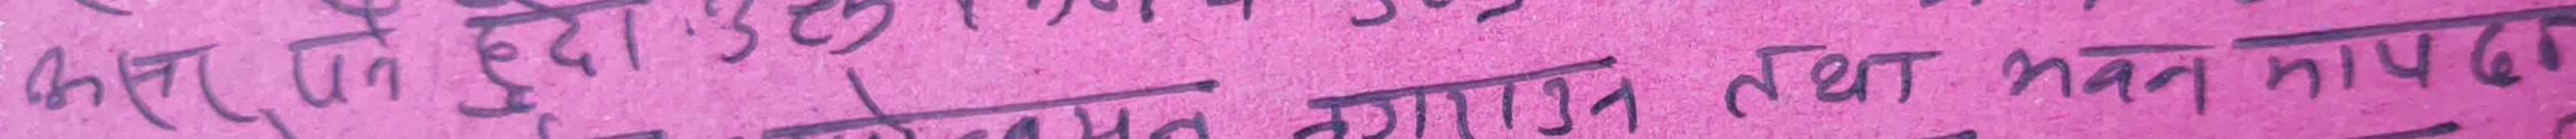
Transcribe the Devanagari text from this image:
कसैले पनि चुडिन्छ
लगाउ नगरिएमा तथा मन माफ के